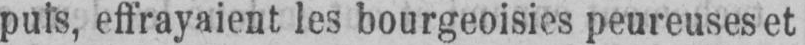
puis, effrayaient les bourgeoisies peureuses et